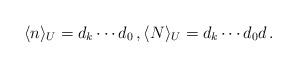
LaTeX: \begin{align*}\langle n\rangle_U=d_{k}\cdots d_0\,, \langle N\rangle_U=d_k\cdots d_{0}d\,.\end{align*}